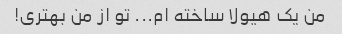
من یک هیولا ساخته ام... تو از من بهتری!